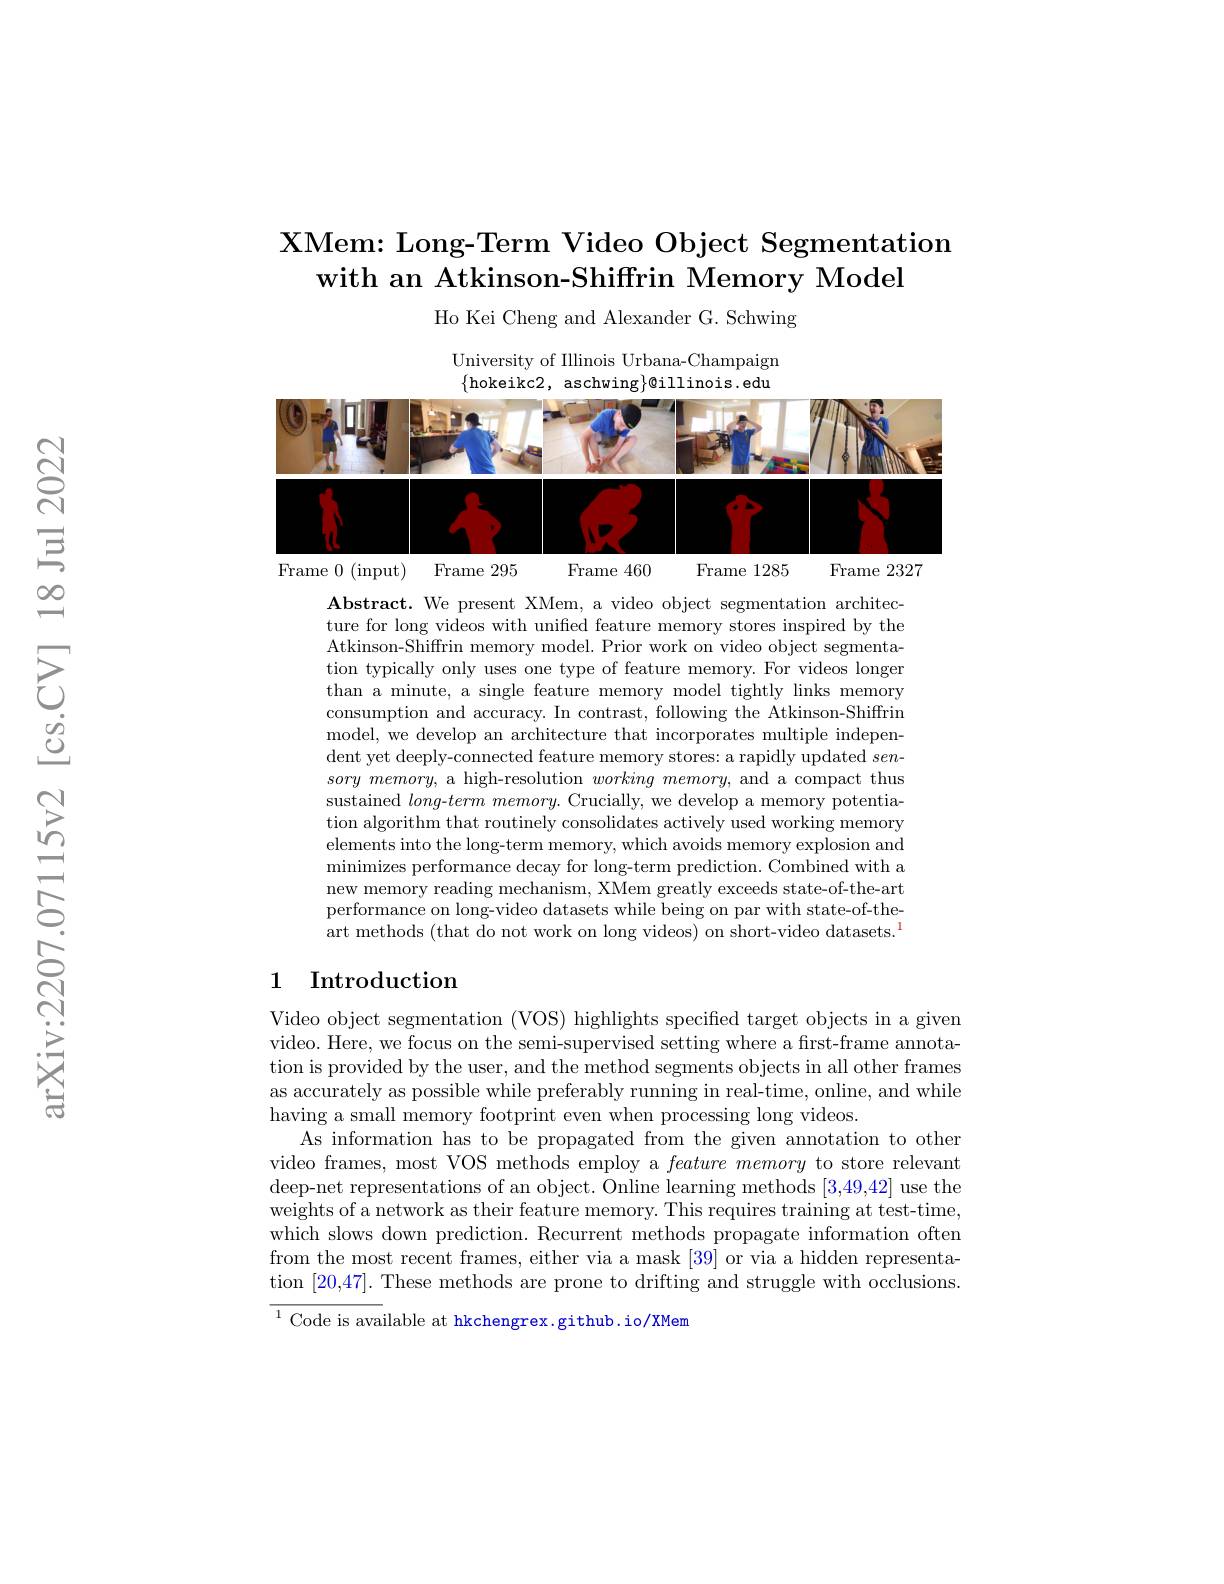
## XMem: Long- Term Video Object Segmentation with an Atkinson-Shiffrin Memory Model

Ho Kei Cheng and Alexander G. Schwing

University of Illinois Urbana-Champaign $\{$hokeikc2, aschwing$\}$@illinois.edu

<FigureHere>

$\mathbf{Abstract.~We~present~XMem,~a~video~object~segmentation~architec-}$ ture for long videos with unified feature memory stores inspired by the Atkinson-Shiffrin memory model. Prior work on video object segmentation typically only uses one type of feature memory. For videos longer than a minute, a single feature memory model tightly links memory consumption and accuracy. In contrast, following the Atkinson-Shiffrin model, we develop an architecture that incorporates multiple indepen- $\begin{array}{c}\text{dent yet deeply-connected feature memory stores: a rapidly updated }sen-\end{array}$ $sory\textit{ memory, a high- resolution }working\textit{ memory, and a compact thus}$ sustained $long-termmemory.$ Crucially, we develop a memory potentiation algorithm that routinely consolidates actively used working memory elements into the long-term memory, which avoids memory explosion and minimizes performance decay for long-term prediction. Combined with a new memory reading mechanism, XMem greatly exceeds state-of-the-art performance on long-video datasets while being on par with state-of-theart methods (that do not work on long videos) on short-video datasets.$^1$

## 1 Introduction

Video object segmentation (VOS) highlights specified target objects in a given video. Here, we focus on the semi-supervised setting where a first-frame annotation is provided by the user, and the method segments objects in all other frames as accurately as possible while preferably running in real-time, online, and while having a small memory footprint even when processing long videos.
As information has to be propagated from the given annotation to other video frames, most VOS methods employ a $feature\textit{memory to store relevant}$ deep-net representations of an object. Online learning methods [3,49,42] use the weights of a network as their feature memory. This requires training at test-time, which slows down prediction. Recurrent methods propagate information often from the most recent frames, either via a mask [39] or via a hidden representation [20,47]. These methods are prone to drifting and struggle with occlusions.

${\overline{{^{1}\text{Code is ava}}}}$ilable at hkchengrex.github.io/XMem